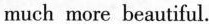
much more beautiful.